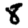
Digit: 8